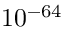
1 0 ^ { - 6 4 }